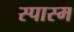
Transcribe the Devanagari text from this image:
स्पास्म